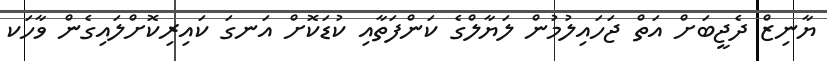
ޔާނިޒް ދެޖީބަށް އަތް ޖަހައިލުމުން ލަޔާލްގެ ކަންފަތާއި ކުޑަކޮށް އަނގަ ކައިރިކޮށްލައިގެން ވާހަކ